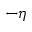
- \eta